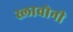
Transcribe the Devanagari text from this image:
स्लावोनी